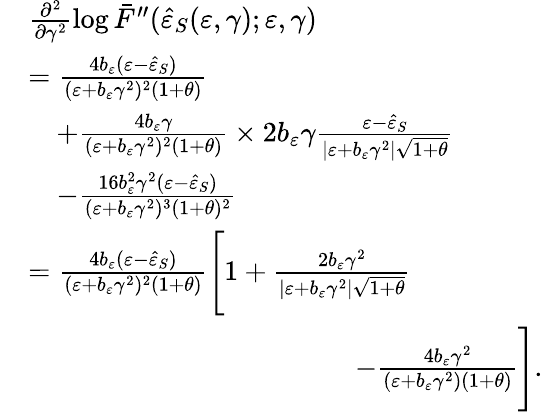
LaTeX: \begin{array}{rl}&{\frac{\partial^{2}}{\partial\gamma^{2}}\log{\bar{F}^{\prime\prime}(\hat{\varepsilon}_{S}(\varepsilon,\gamma);\varepsilon,\gamma)}}\\ &{=\frac{4b_{\varepsilon}(\varepsilon-\hat{\varepsilon}_{S})}{(\varepsilon+b_{\varepsilon}\gamma^{2})^{2}(1+\theta)}}\\ &{\quad+\frac{4b_{\varepsilon}\gamma}{(\varepsilon+b_{\varepsilon}\gamma^{2})^{2}(1+\theta)}\times 2b_{\varepsilon}\gamma\frac{\varepsilon-\hat{\varepsilon}_{S}}{\vert\varepsilon+b_{\varepsilon}\gamma^{2}\vert\sqrt{1+\theta}}}\\ &{\quad-\frac{16b_{\varepsilon}^{2}\gamma^{2}(\varepsilon-\hat{\varepsilon}_{S})}{(\varepsilon+b_{\varepsilon}\gamma^{2})^{3}(1+\theta)^{2}}}\\ &{=\frac{4b_{\varepsilon}(\varepsilon-\hat{\varepsilon}_{S})}{(\varepsilon+b_{\varepsilon}\gamma^{2})^{2}(1+\theta)}\Bigg[1+\frac{2b_{\varepsilon}\gamma^{2}}{\vert\varepsilon+b_{\varepsilon}\gamma^{2}\vert\sqrt{1+\theta}}}\\ &{\qquad\qquad\qquad\qquad\qquad\quad\; \; -\frac{4b_{\varepsilon}\gamma^{2}}{(\varepsilon+b_{\varepsilon}\gamma^{2})(1+\theta)}\Bigg].}\end{array}